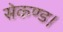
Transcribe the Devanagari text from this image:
सेकण्ड।